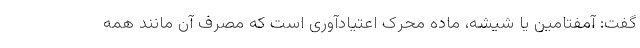
گفت: آمفتامین یا شیشه، ماده محرک اعتیادآوری است که مصرف آن مانند همه